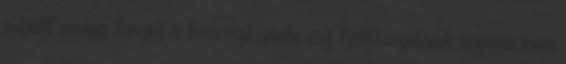
rájött arra, hogy a tervezésnek, az építészetnek igenis van